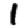
Digit: 1